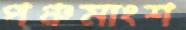
পঞ্চমাংশ